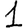
Digit: 1